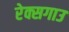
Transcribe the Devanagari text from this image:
रेक्सगाउ